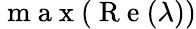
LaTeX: \mathrm{~m~a~x~}(\mathrm{~R~e~}(\lambda))